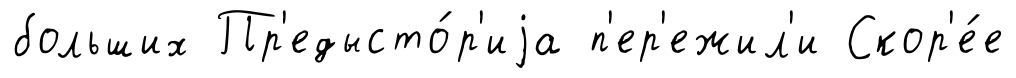
больших Пр'едысто́р'иjа п'ер'ежил'и Скор'е́е